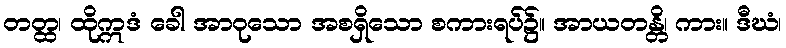
တတ္ထ၊ ထိုဣဒံ ခေါ အာဝုသော အစရှိသော စကားရပ်၌။ အာယတန္တိ၊ ကား။ ဒီဃံ၊